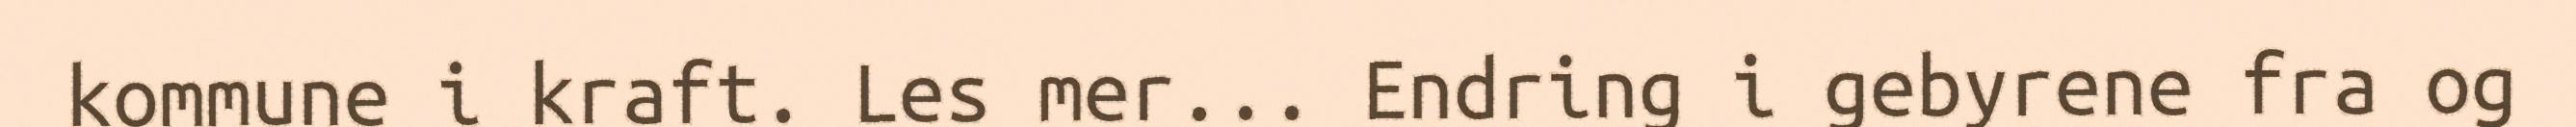
kommune i kraft. Les mer... Endring i gebyrene fra og